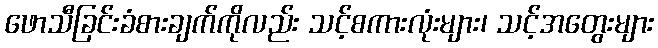
ဖောသီခြင်းခံစားချက်ကိုလည်း သင့်စကားလုံးများ၊ သင့်အတွေးများ